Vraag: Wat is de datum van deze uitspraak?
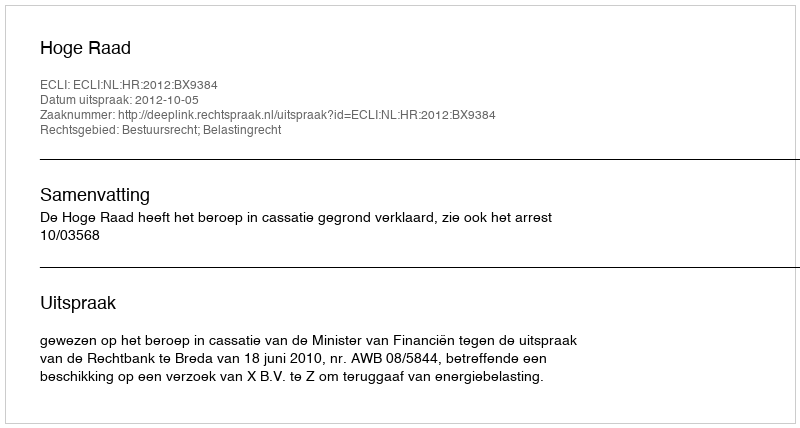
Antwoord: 2012-10-05